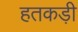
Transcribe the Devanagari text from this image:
हतकड़ी